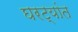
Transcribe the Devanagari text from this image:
घरट्यांत